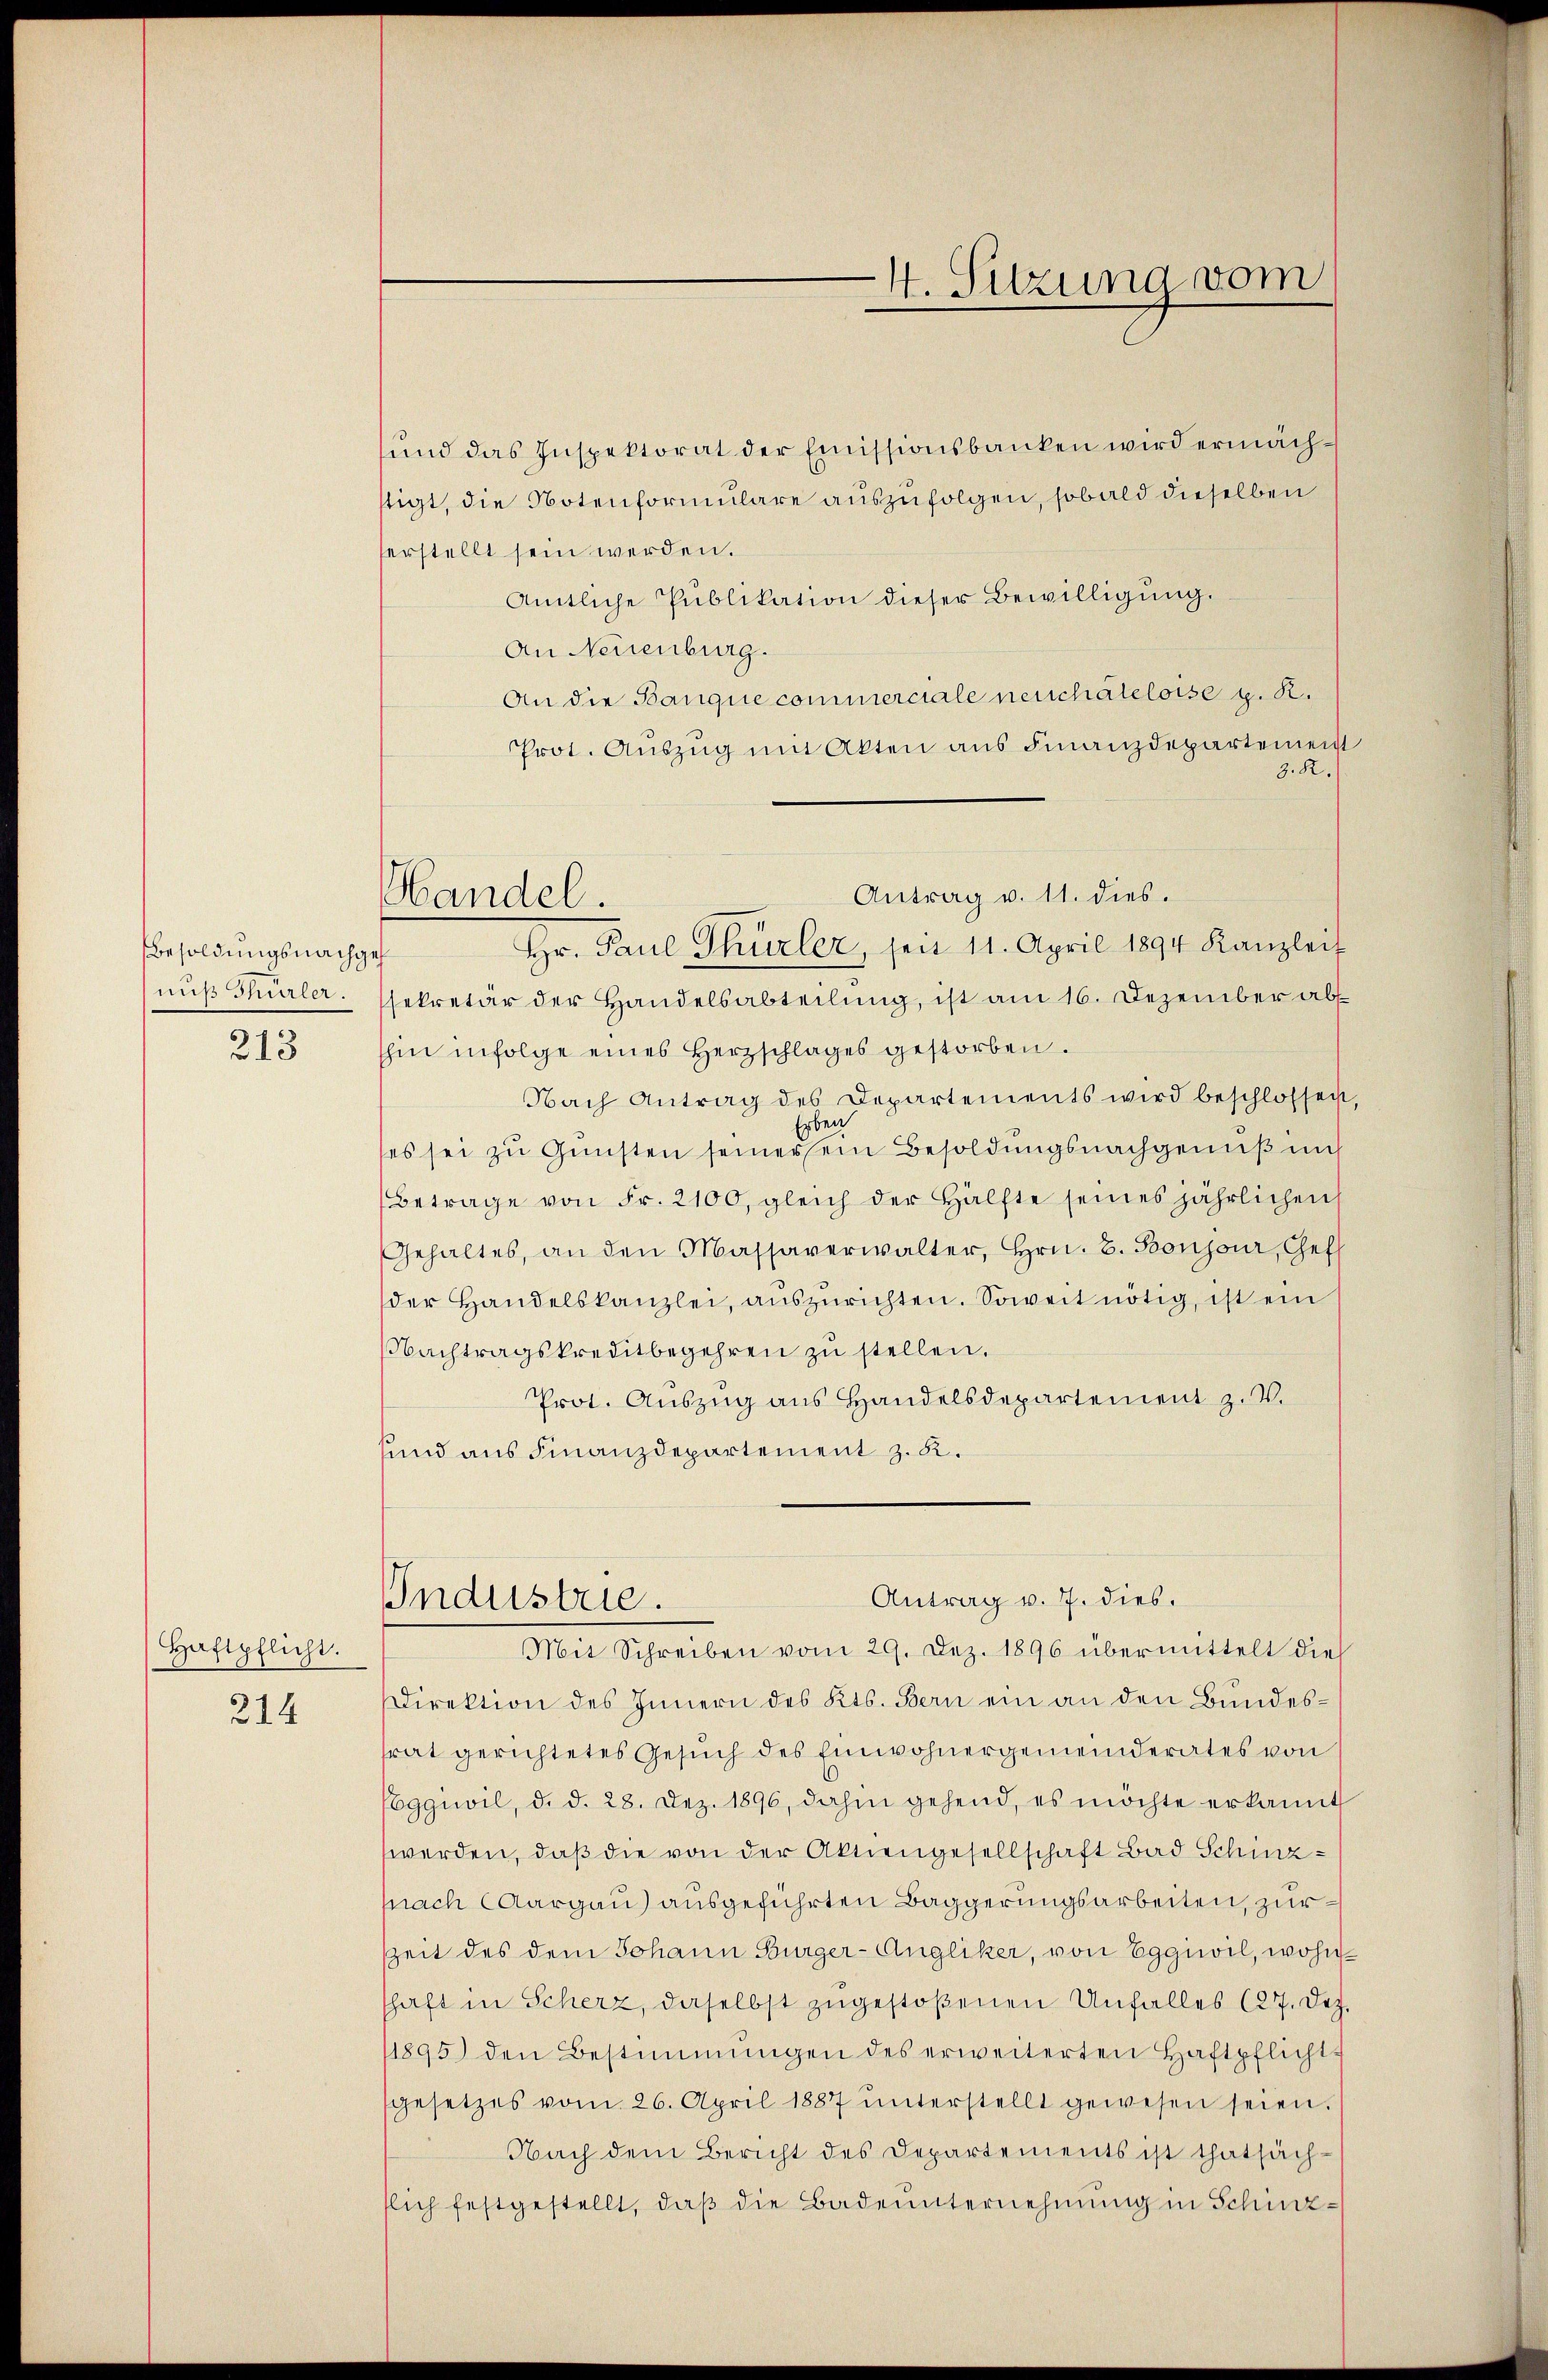
Besoldungsnachgeh
nuß Thürler.
213

Haftpflicht.
214

Antrag v. 11. dies.
Handel.
Hr. Paul Thürler, seit 11. April 1894 Kanzleit

und das Inspektorat der Emissionsbanken wird ermächtigt, die Notenformulare auszufolgen, sobald dieselben
erstellt sein werden.
Amtliche Publikation dieser Bewilligŭng.
An Neuenburg.
An die Banque commerciale neuchateloise g. R.
Prot. Aŭszŭg mit Akten aus Finanzdepartement
3. R.
sekretär der Handelsabteilung, ist am 16. Dezember ab
hin infolge eines Herzschlages gestorben.
Nach Antrag des Departements wird beschlossen,
rben
es sei zu Gunsten seiner sein Besoldungsnachgenuß mi
Betrage von Fr. 2100, gleich der Hälfte seines jährlichen
Gehaltes, an den Massaverwalter, Hrn. B. Boujour, Gef
der Handelskanzlei, auszurichten. Soweit nötig, ist ein
Nachtragskreditbegehren zu stellen.
Prot. Aŭszŭg ans Handelsdepartement z. V.
und aus Finanzdepartement z. B.
Antrag v. 7. dies.
Industrie.
Mit Schreiben vom 29. Dez. 1896 übermittelt die
Direktion des Innern des Kts. Bern ein an den Bundesrat gerichtetes Gesuch des Einwohnergemeinderates von
Eggiwil, d. d. 28. Dez. 1896, dahin gehend, es möchte erkannt
werden, daß die von der Aktiengesellschaft Bad Schinznach Aargau) ausgeführten Baggerungsarbeiten, zur
Zzeit des dem Johann Bürger-Angliker, von Eggiwil, wohnschaft in Scherz, daselbst zugestoßenen Unfalles (27. Dez.
1895 den Bestimmungen des erweiterten Haftpflicht
gesetzes vom 26. April 1887 ŭnterstellt gewesen seien.
Nach dem Bericht des Departements ist thatsäch-
lich festgestellt, daß die Badeunternehmung in Schurz¬

4. Sitzung vom